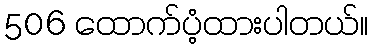
506 ထောက်ပံ့ထားပါတယ်။